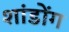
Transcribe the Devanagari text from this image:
शांडोंग